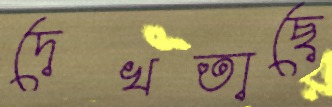
দেখতাছে